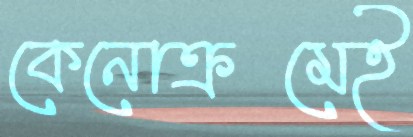
কেনোক্রমেই